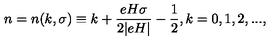
n = n ( k , \sigma ) \equiv k + \frac { e H \sigma } { 2 | e H | } - \frac { 1 } { 2 } , k = 0 , 1 , 2 , . . . ,